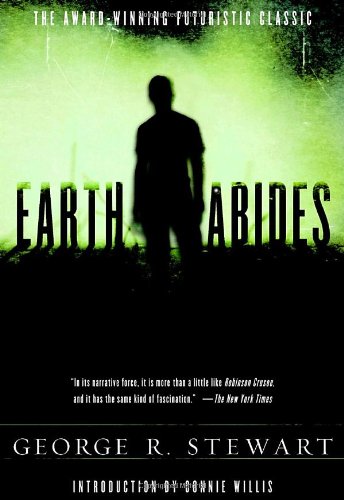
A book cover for Earth Abides; George R. Stewart; Science Fiction & Fantasy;